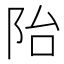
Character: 𲉍